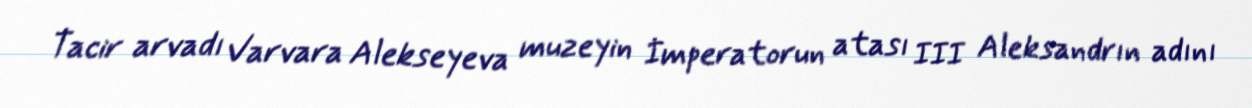
Tacir arvadı Varvara Alekseyeva muzeyin İmperatorun atası III Aleksandrın adını